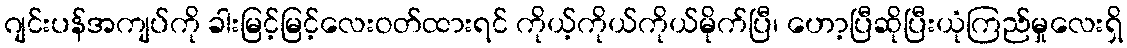
ဂျင်းပန်အကျပ်ကို ခါးမြင့်မြင့်လေးဝတ်ထားရင် ကိုယ့်ကိုယ်ကိုယ်မိုက်ပြီ၊ ဟော့ပြီဆိုပြီးယုံကြည်မှုလေးရှိ